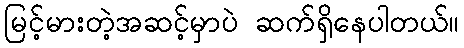
မြင့်မားတဲ့အဆင့်မှာပဲ ဆက်ရှိနေပါတယ်။